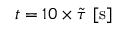
t = 1 0 \times \Tilde { \tau } \ \mathrm { [ s ] }